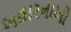
બહારનાઓ